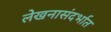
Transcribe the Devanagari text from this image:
लेखनासंदर्भात